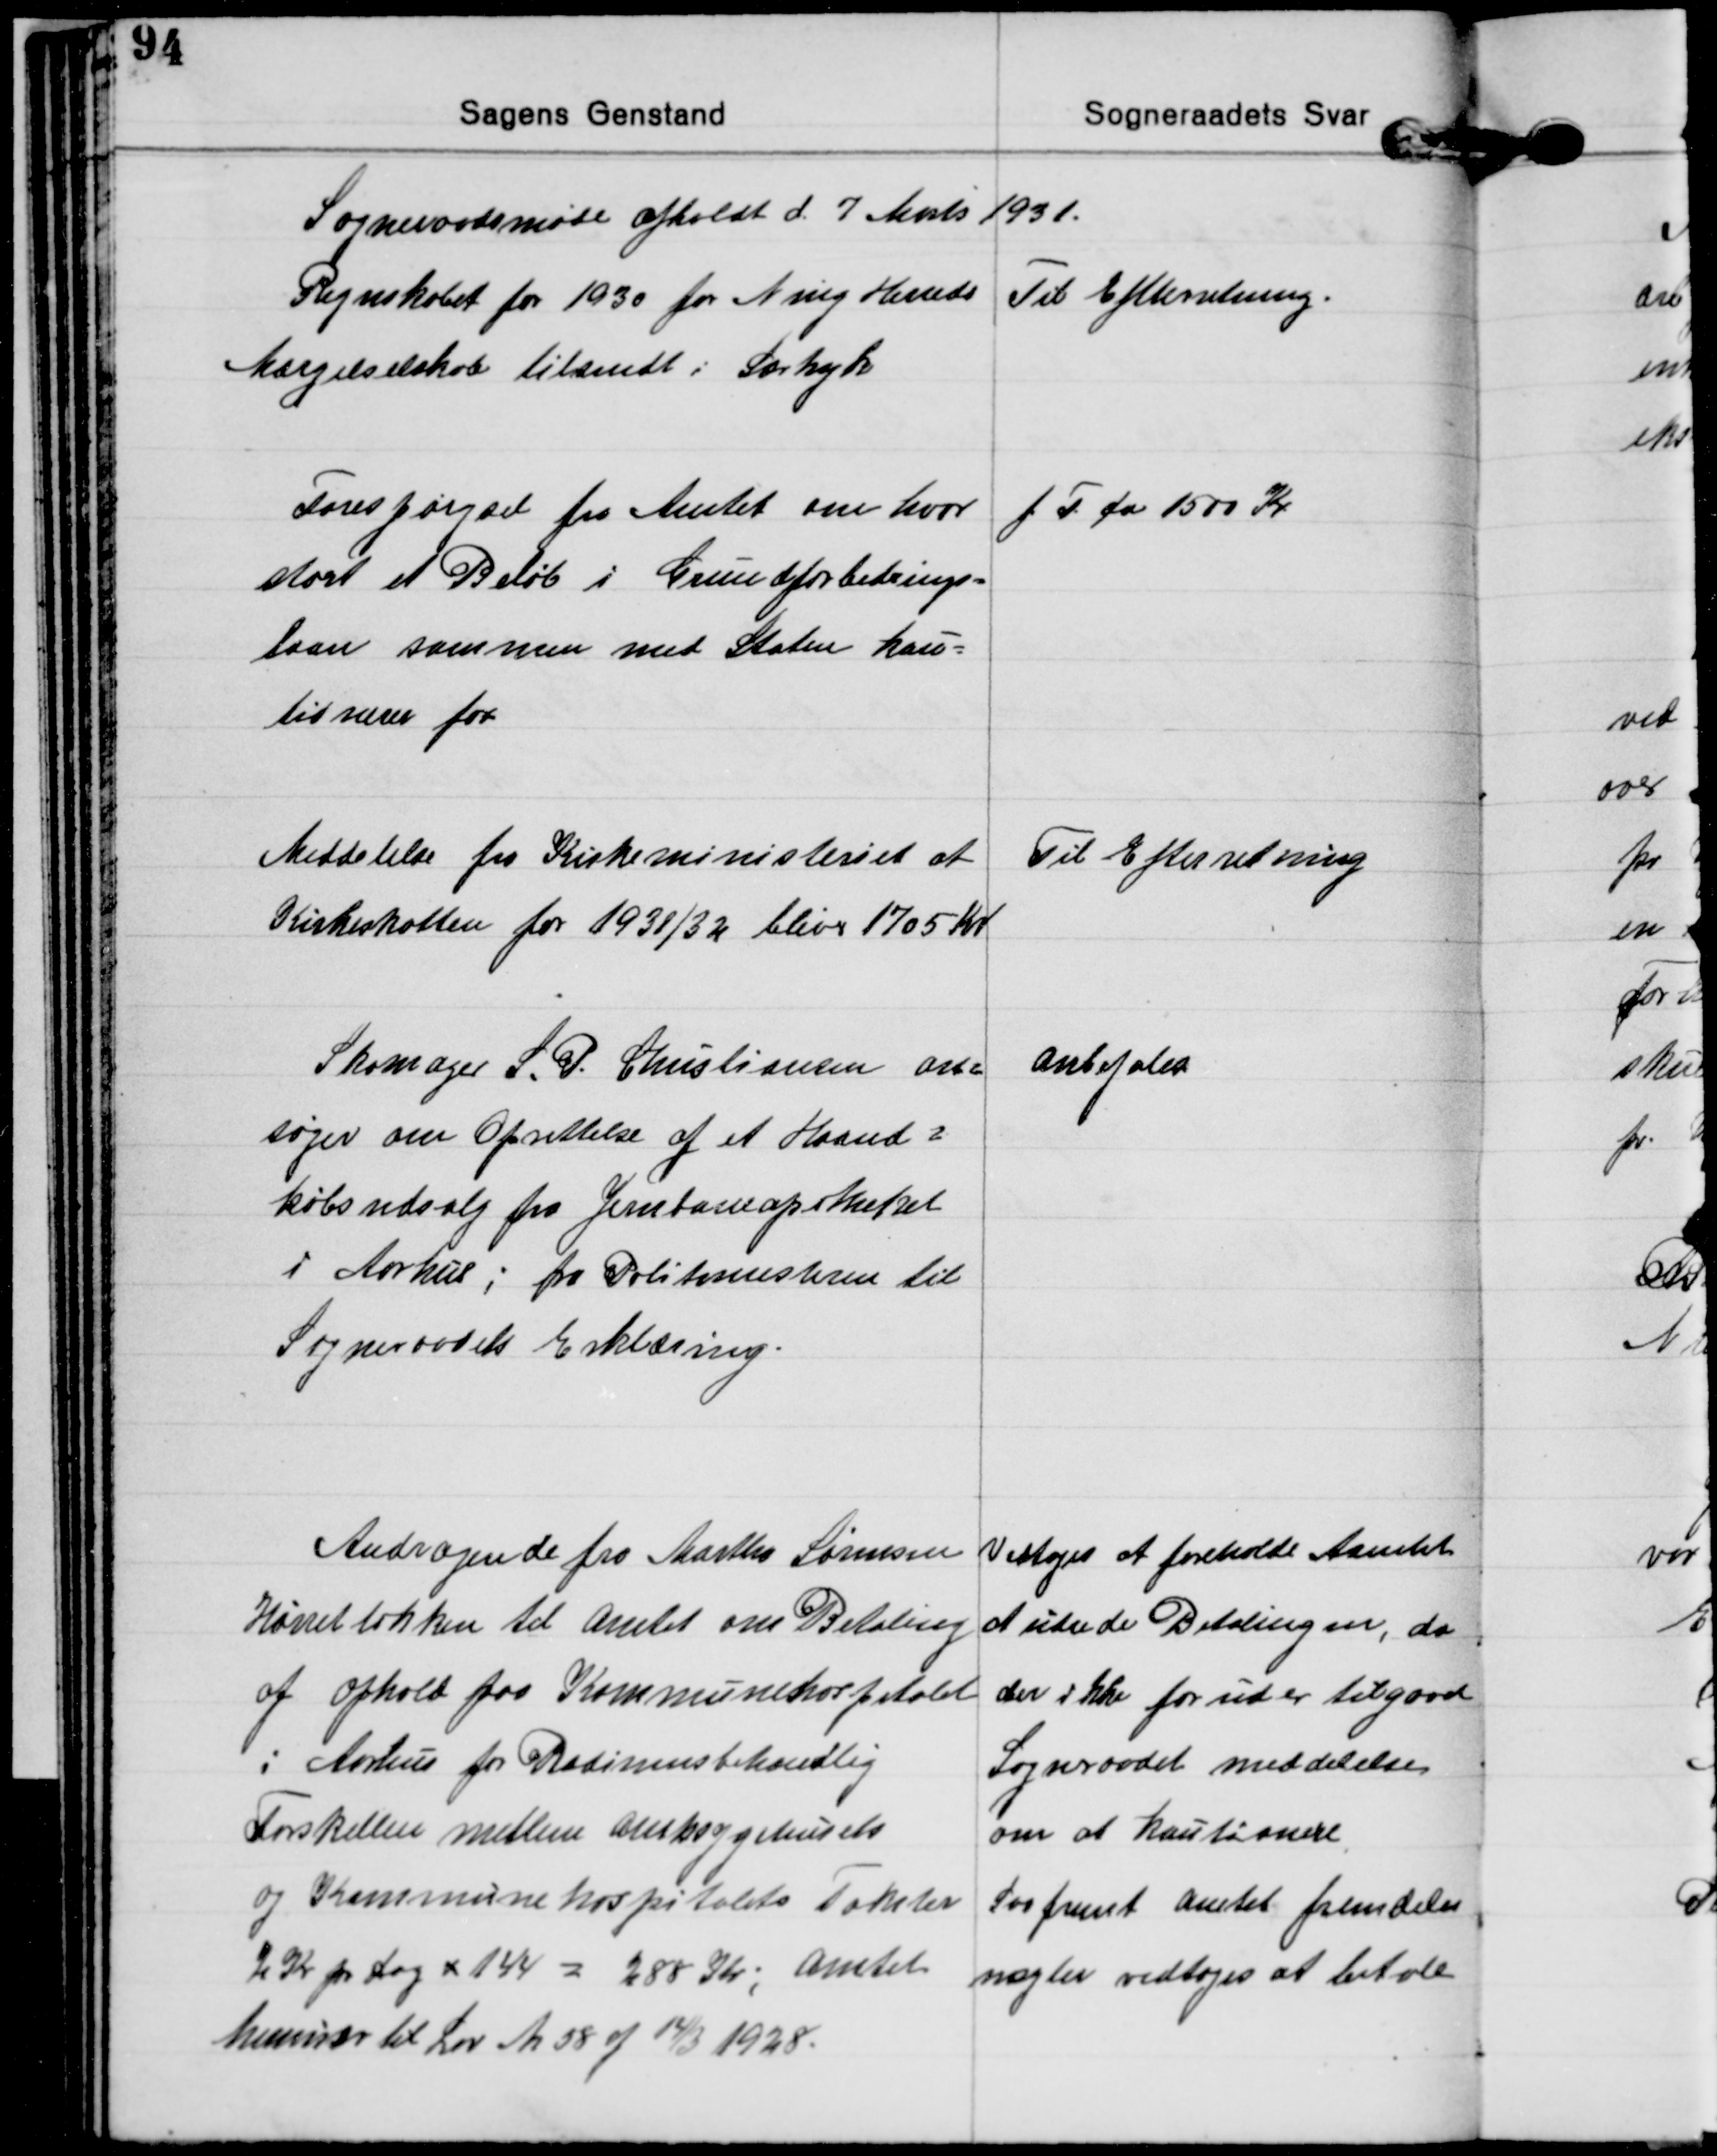
Transskription:
Sogneraadsmøde afholdt d. 7 Marts 1931.

Regnskabet for 1930 for Ning Herreds
Mærgelselskab tilsendt i Særtryk
Til Eftterretning.

Forespørgsel fra Amtet om hvor
stort et Beløb i Grundforbedrings=
laan sammen med Staten kau=
tionerer for
f T. ca 1500 Kr

Meddelelse fra Kirkeministeriet at
Kirkeskatten for 1931/32 bliver 1705 Kr
Til Efterretning
Skomager S. P. Christiansen an=
søger om Oprettelse af et Haand=
købsudsalg fra Jernbaneapotheket
i Aarhus; fra Politimesteren til
Sogneraadets Erklæring.
Anbefales

Andragende fra Martha Sørensen
Hørretløkken til Amtet om Betaling
af Ophold paa Kommunehospitalet
i Aarhus for Radiumsbehandlig
Forskellen mellem Amtssygehusets
og Kommunehospitalets Takster
2 Kr pr Dag x 144 = 288 Kr; Amtet
henviser til Lov Nr 58 af 14/3 1928.
Vedtoges at foreholde Amtet
at udrede Betalingen, da
der ikke forud er tilgaaet
Sogneraadet meddelelse
om at kautionere.
Saafremt Amtet fremdeles
nægter vedtoges at betale